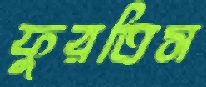
ফুরতিস